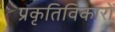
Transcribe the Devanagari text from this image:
प्रकृतिविकारों